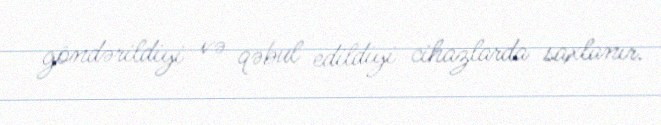
göndərildiyi və qəbul edildiyi cihazlarda saxlanır.